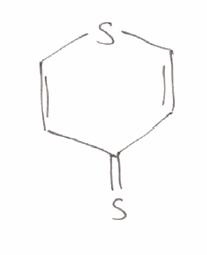
Simplified molecular-input line-entry system (SMILES) notation of the given molecule:
C1=CSC=CC1=[Se]